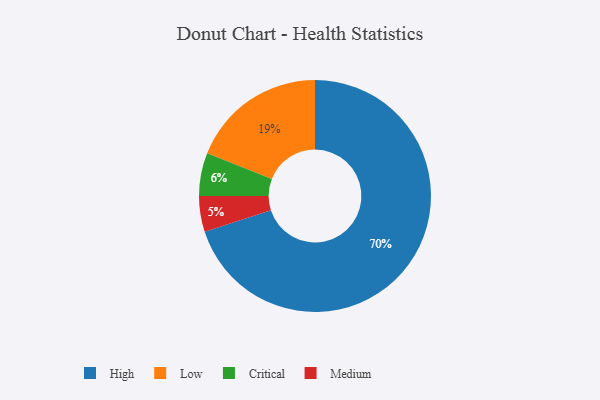
{"axis": {"x": "Category", "y": "Percentage"}, "legend": ["Critical", "High", "Low", "Medium"], "data": [{"x": "Low", "y": 19, "type": "Low"}, {"x": "Critical", "y": 6, "type": "Critical"}, {"x": "Medium", "y": 5, "type": "Medium"}, {"x": "High", "y": 70, "type": "High"}]}